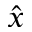
\hat { x }